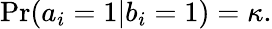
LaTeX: \mathrm{Pr}(a_{i}=1|b_{i}=1)=\kappa.